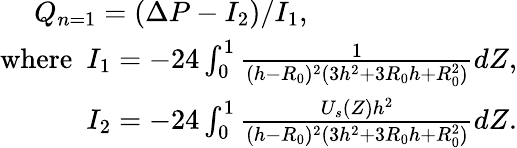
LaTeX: \begin{array}{r}{Q_{n=1}=(\Delta P-I_{2})/I_{1},~~~~~~~~~~~~~~~~~~~~~~~~~~~~~}\\ {\mathrm{where}~~I_{1}=-24\int_{0}^{1}\frac{1}{(h-R_{0})^{2}(3h^{2}+3R_{0}h+R_{0}^{2})}dZ,}\\ {I_{2}=-24\int_{0}^{1}\frac{U_{s}(Z)h^{2}}{(h-R_{0})^{2}(3h^{2}+3R_{0}h+R_{0}^{2})}dZ.}\end{array}